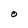
Character: O